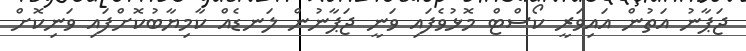
ޖަޕާނު އަތުން އައިވަރީ ކޯސްޓް މޮޅުވެފައި ވަނީ ޖަޕާނުން ލަނޑެއް ކާމިޔާބުކޮށްފައި ވަނިކޮށް